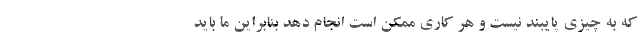
که به چیزی پایبند نیست و هر کاری ممکن است انجام دهد بنابراین ما باید